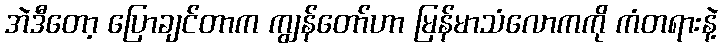
အဲဒီတော့ ပြောချင်တာက ကျွန်တော်ဟာ မြန်မာသံလောကကို ကံတရားနဲ့